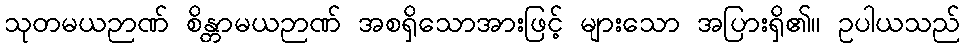
သုတမယဉာဏ် စိန္တာမယဉာဏ် အစရှိသောအားဖြင့် များသော အပြားရှိ၏။ ဥပါယသည်